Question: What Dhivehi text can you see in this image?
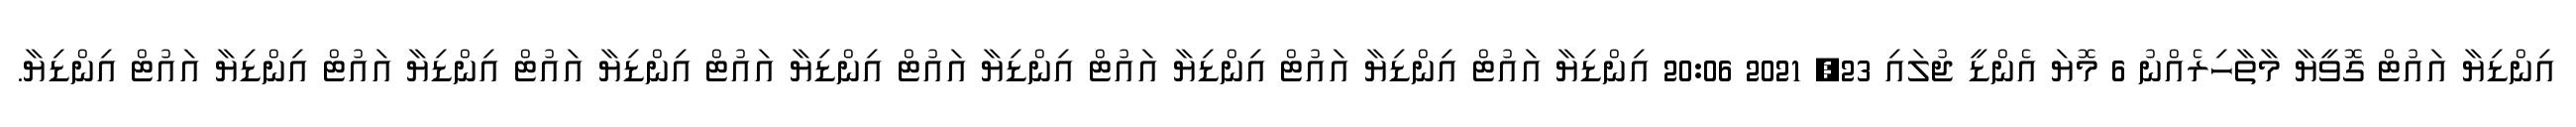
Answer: އިންޑިޔާ އައުޓް ގޮވީޔާ މާތާހިރެއްނު 6 މޮޔަ އެންޑީ ޖުލައި 23, 2021 20:06 އިންޑިޔާ އައުޓް އިންޑިޔާ އައުޓް އިންޑިޔާ އައުޓް އިންޑިޔާ އައުޓް އިންޑިޔާ އައުޓް އިންޑިޔާ އައުޓް އިންޑިޔާ އައުޓް އިންޑިޔާ އައުޓް އިންޑިޔާ.